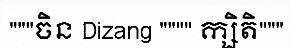
"""ចិន Dizang """" ក្សិតិ"""